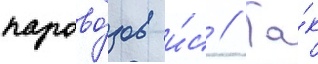
парово́зов и́с // Та́к